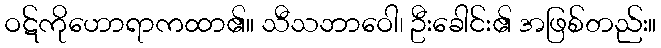
ဝဋ်ကိုဟောရာကထာ၏။ သီသဘာဝေါ၊ ဦးခေါင်း၏ အဖြစ်တည်း။